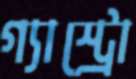
গ্যাস্ট্রো